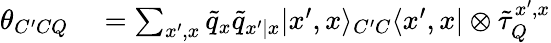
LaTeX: \begin{array}{rl}{\theta_{C^{\prime}CQ}}&{{}=\sum_{x^{\prime},x}\tilde{q}_{x}\tilde{q}_{x^{\prime}|x}|x^{\prime},x\rangle_{C^{\prime}C}\langle x^{\prime},x|\otimes\tilde{\tau}_{Q}^{x^{\prime},x}}\end{array}